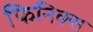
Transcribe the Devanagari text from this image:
फिनिक्‍स